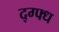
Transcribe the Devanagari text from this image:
द्ग्फ्ध